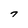
Character: 7